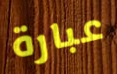
عبارة